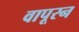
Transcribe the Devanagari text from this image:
वापूरन